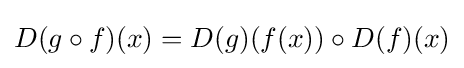
D(g\circ f)(x)=D(g)(f(x))\circ D(f)(x)